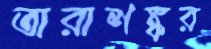
তারাশঙ্কর